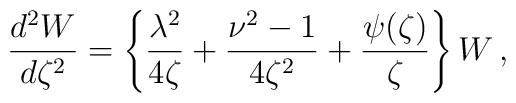
\frac{d^2 W}{d\zeta^2} = \left\{ \frac{\lambda^2}{4\zeta} + \frac{\nu^2-1}{4\zeta^2} + \frac{\psi (\zeta )}{\zeta}\right\} W\,,